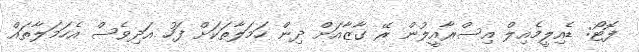
ފޮޓޯ: ޑެއިލީމެއިލް އިސްރާއީލުން ރޭ ގާޒާއަށް ދިން ހަމަލާތަކަށް ފަހު އަދިވެސް އެހަމަލާތައް